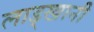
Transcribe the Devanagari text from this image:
लाड्खानी